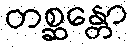
တစ္ဆန္တော